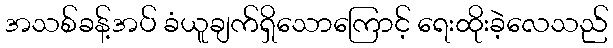
အသစ်ခန့်အပ် ခံယူချက်ရှိသောကြောင့် ရေးထိုးခဲ့လေသည်